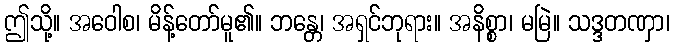
ဤသို့။ အဝေါစ၊ မိန့်တော်မူ၏။ ဘန္တေ၊ အရှင်ဘုရား။ အနိစ္စာ၊ မမြဲ။ သဒ္ဒတဏှာ၊